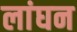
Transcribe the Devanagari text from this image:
लांघन